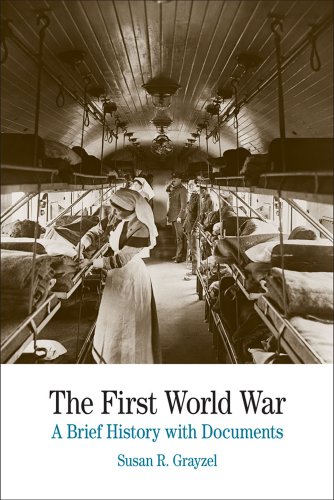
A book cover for The First World War: A Brief History with Documents (Bedford Cultural Editions Series); Susan R. Grayzel; History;